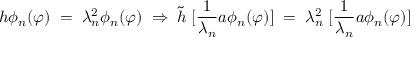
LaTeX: h \phi _ { n } ( \varphi ) \; = \; \lambda _ { n } ^ { 2 } \phi _ { n } ( \varphi ) \; \Rightarrow \; { \tilde { h } } \; [ \frac { 1 } { \lambda _ { n } } a \phi _ { n } ( \varphi ) ] \; = \; \lambda _ { n } ^ { 2 } \; [ \frac { 1 } { \lambda _ { n } } a \phi _ { n } ( \varphi ) ]